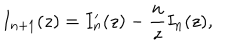
LaTeX: I _ { n + 1 } ( z ) = I _ { n } ^ { \prime } ( z ) - { \frac { n } { z } } I _ { n } ( z ) ,